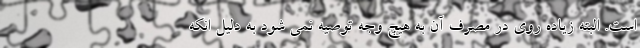
است. البته زیاده روی در مصرف آن به هیچ وجه توصیه نمی شود به دلیل انکه